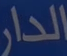
الدار